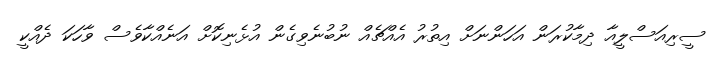
ސީރިއަސްލީއާ ދިމާކުރަން އަހަންނަށް އިތުރު އެއްޗެއް ނުބުނެވިގެން އުޅެނިކޮށް އަނެއްކާވެސް ވާހަކަ ދެއްކީ